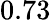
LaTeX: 0.73